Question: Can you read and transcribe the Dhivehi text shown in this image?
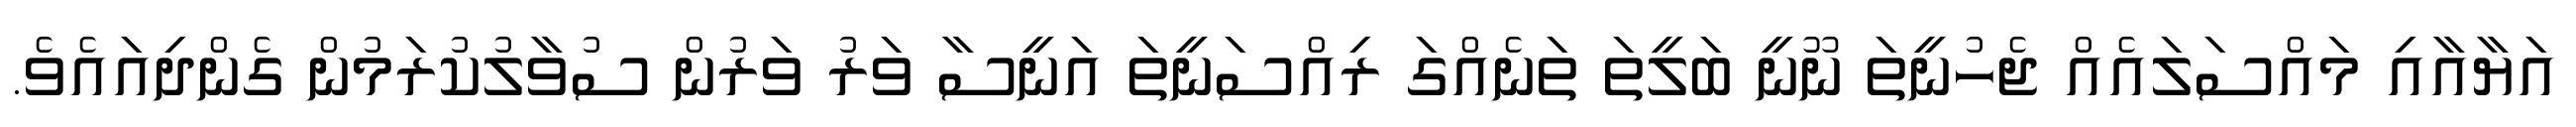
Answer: އަޔާއާއި މައްސަލައެއް ޖެހުނީތަ ނޫނީ ބަލީތަ ތަނެއްގަ ރިއްސަނީތަ އަނީސާ ވަރު ވަރުން ސުވާލުކުރަމުން ގެންދިއައެވެ.